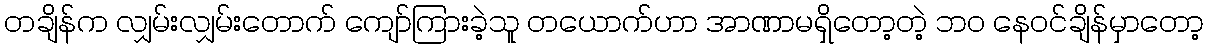
တချိန်က လျှမ်းလျှမ်းတောက် ကျော်ကြားခဲ့သူ တယောက်ဟာ အာဏာမရှိတော့တဲ့ ဘဝ နေဝင်ချိန်မှာတော့